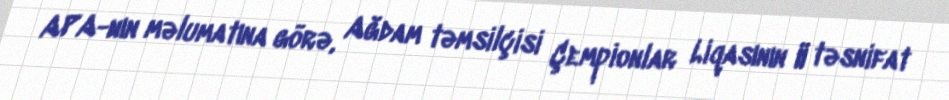
APA-nın məlumatına görə, Ağdam təmsilçisi Çempionlar Liqasının II təsnifat